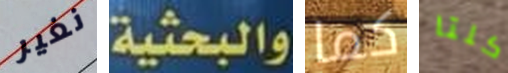
نغير والبحثية كما كلتا